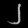
Digit: ၂